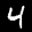
Label: 4